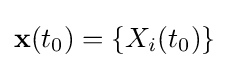
\mathbf {x} (t_{0})=\{X_{i}(t_{0})\}